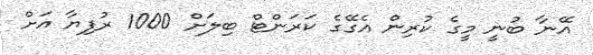
އޭނާ ބުނީ މީގެ ކުރިން އެގޭގެ ކަރަންޓް ބިލަށް 1000 ރުފިޔާ އަށް